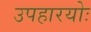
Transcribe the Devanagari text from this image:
उपहारयोः